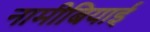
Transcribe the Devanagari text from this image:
नामीबियाई